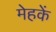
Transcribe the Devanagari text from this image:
मेहकें